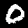
Label: 0